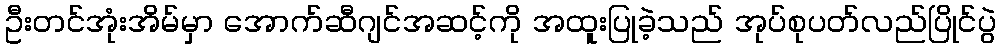
ဦးတင်အုံးအိမ်မှာ အောက်ဆီဂျင်အဆင့်ကို အထူးပြုခဲ့သည် အုပ်စုပတ်လည်ပြိုင်ပွဲ